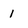
Character: 1